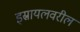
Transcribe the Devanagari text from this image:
इस्रायलवरील